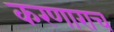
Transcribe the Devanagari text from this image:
करणाराच